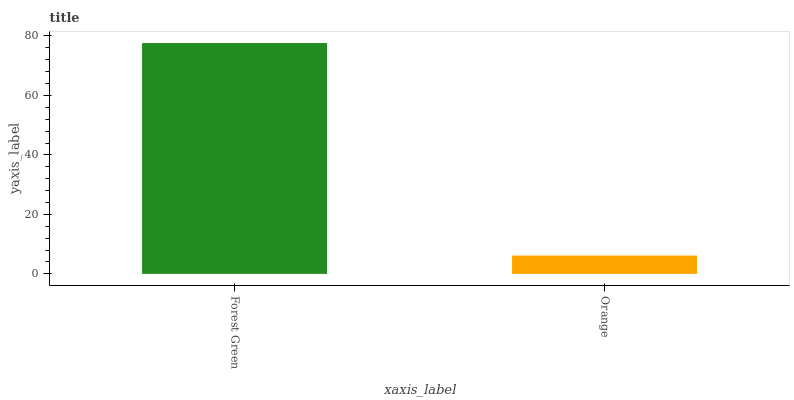
| xaxis_label | bars |
 | --- | --- |
 | Forest Green | 77.6 |
 | Orange | 6.17 |